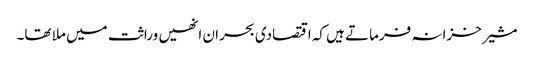
مشیر خزانہ فرماتے ہیں کہ اقتصادی بحران انھیں وراثت میں ملا تھا۔